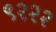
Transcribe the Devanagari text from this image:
९२२२